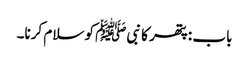
باب : پتھر کا نبیﷺ کو سلام کرنا۔